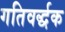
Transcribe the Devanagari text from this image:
गतिवर्द्धक